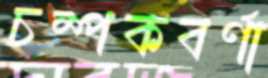
চম্পকবর্ণা